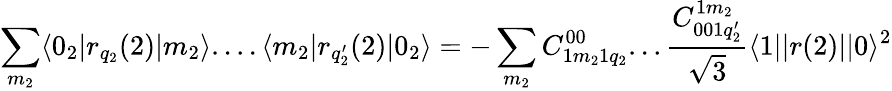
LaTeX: \sum_{m_{2}}\langle 0_{2}|r_{q_{2}}(2)|m_{2}\rangle....\langle m_{2}|r_{q_{2}^{\prime}}(2)|0_{2}\rangle=-\sum_{m_{2}}C_{1m_{2}1q_{2}}^{00}...\frac{C_{001q_{2}^{\prime}}^{1m_{2}}}{\sqrt{3}}\langle 1||r(2)||0\rangle^{2}